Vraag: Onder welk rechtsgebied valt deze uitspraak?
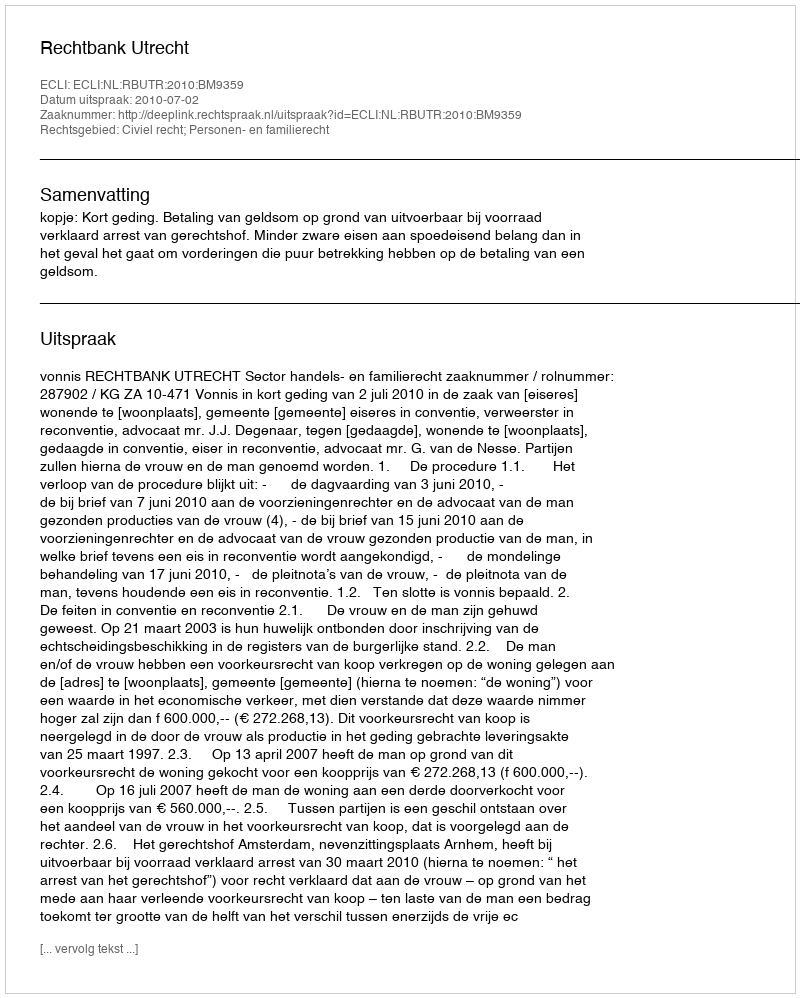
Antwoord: Civiel recht; Personen- en familierecht